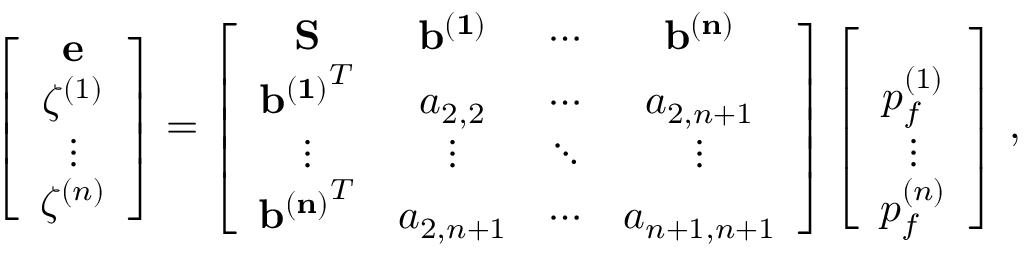
\left[ \begin{array} { c } { \bf { e } } \\ { \zeta ^ { ( 1 ) } } \\ { \vdots } \\ { \zeta ^ { ( n ) } } \end{array} \right] = \left[ \begin{array} { c c c c } { \bf { S } } & { \bf { b ^ { ( 1 ) } } } & { \cdots } & { \bf { b ^ { ( n ) } } } \\ { { \bf { b ^ { ( 1 ) } } } ^ { T } } & { a _ { 2 , 2 } } & { \cdots } & { a _ { 2 , n + 1 } } \\ { \vdots } & { \vdots } & { \ddots } & { \vdots } \\ { { \bf { b ^ { ( n ) } } } ^ { T } } & { a _ { 2 , n + 1 } } & { \cdots } & { a _ { n + 1 , n + 1 } } \end{array} \right] \left[ \begin{array} { c } { \bf { \sigma } } \\ { p _ { f } ^ { ( 1 ) } } \\ { \vdots } \\ { p _ { f } ^ { ( n ) } } \end{array} \right] \, ,